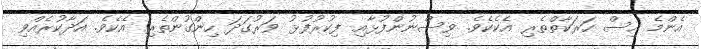
އެންމެ އިސް ހަރަކާތްތެރި އެކެކެވެ. ވިސްނުންފުޅާއި ފިކުރުފުޅު ވަރުގަދަ ހިންގުންތެރި އެކެވެ. އަދާކުރެއްވި